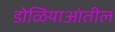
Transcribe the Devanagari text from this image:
डोळियाआंतील